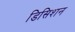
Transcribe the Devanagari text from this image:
डिसिशन